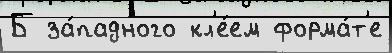
Б за́падного кл'е́ем форма́т'е